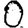
Digit: 0